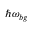
\hbar \omega _ { b g }